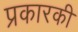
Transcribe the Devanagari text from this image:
प्रकारकी